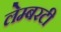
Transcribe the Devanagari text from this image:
लेम्बरटी